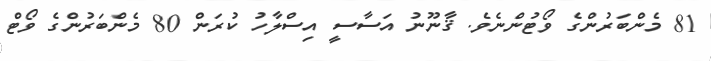
81 މެންބަރުންގެ ވޯޓުންނެވެ. ޤާނޫނު އަސާސީ އިސްލާހު ކުރަން 80 މެންބަރުންގެ ވޯޓް